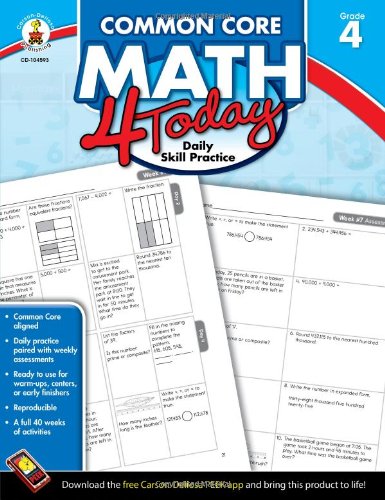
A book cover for Common Core Math 4 Today, Grade 4: Daily Skill Practice (Common Core 4 Today); Erin McCarthy; Education & Teaching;